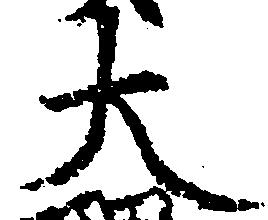
大